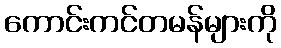
ကောင်းကင်တမန်များကို